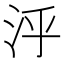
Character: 泘